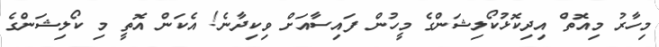
މިހާރު މިއޮތް އިދިކޮޅުކޯލިޝަންގެ މީހުން ފައިސާއަށް ވިކިދާނެ! އެކަން އޮތީ މި ކޯލިޝަންގެ